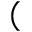
(